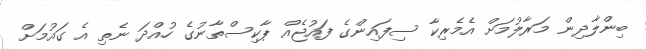
ބިންލާދިން މަރާލުމަށް އެމެރިކާ ސިފައިންގެ ފައުޖެއް ޕާކިސްތާނުގެ ހުއްދަ ނެތި އެ ގައުމަށް